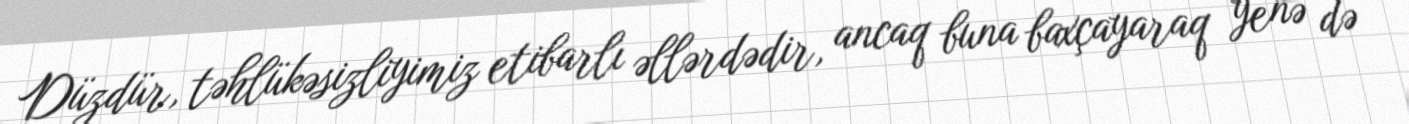
Düzdür, təhlükəsizliyimiz etibarlı əllərdədir, ancaq buna baxçayaraq yenə də